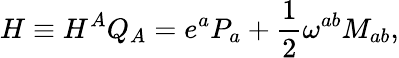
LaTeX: H\equiv H^{A}Q_{A}=e^{a}P_{a}+\frac{1}{2}\omega^{ab}M_{ab},